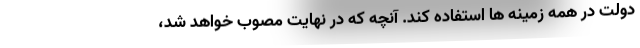
دولت در همه زمینه ها استفاده کند. آنچه که در نهایت مصوب خواهد شد،